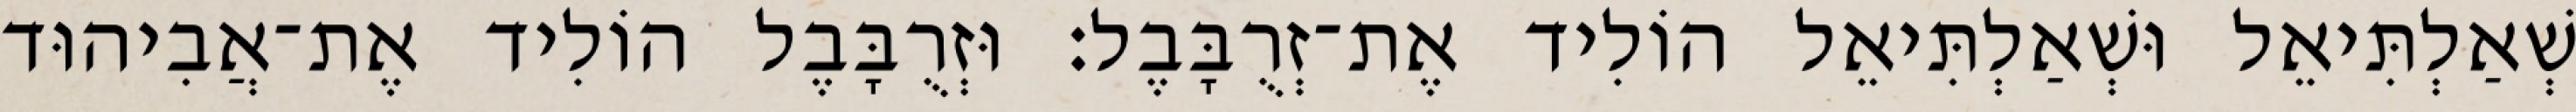
שְׁאַלְתִּיאֵל וּשְׁאַלְתִּיאֵל הוֹלִיד אֶת־זְרֻבָּבֶל׃ וּזְרֻבָּבֶל הוֹלִיד אֶת־אֲבִיהוּד